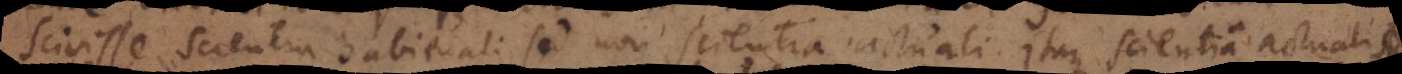
scivisse scientia habituali, sed non scientia actuali. Itaque scientia actuali